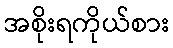
အစိုးရကိုယ်စား